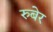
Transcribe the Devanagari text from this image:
रुबेर